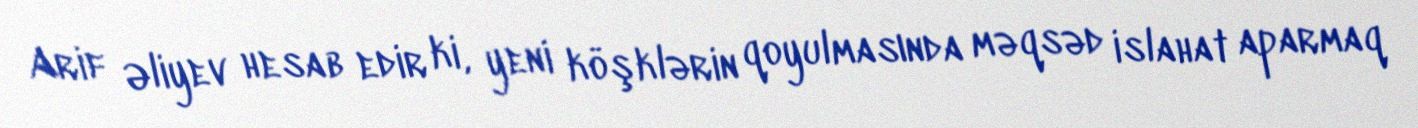
Arif Əliyev hesab edir ki, yeni köşklərin qoyulmasında məqsəd islahat aparmaq